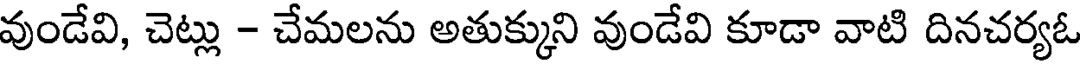
వుండేవి, చెట్లు - చేమలను అతుక్కుని వుండేవి కూడా వాటి దినచర్యఓ